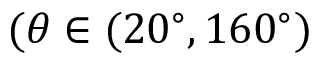
( \theta \in ( 2 0 ^ { \circ } , 1 6 0 ^ { \circ } )